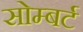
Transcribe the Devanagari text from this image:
सोम्बर्ट